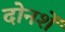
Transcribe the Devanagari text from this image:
दोनशें